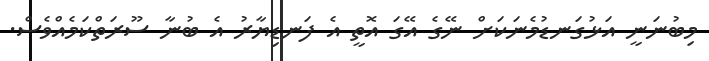
މިބުނަނީ އަޅުގަނޑުމެނަކަށް ނޭގެ އޭގަ އޮތީ އެ ފަނޑިޔާރު އެ ބުނާ ސޫރަތްކަމެއްވެސް.